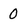
Character: 0